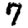
Digit: 7